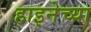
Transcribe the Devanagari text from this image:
हाइनेच्या